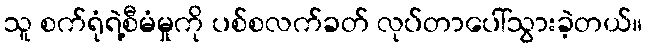
သူ စက်ရုံရဲ့စီမံမှုကို ပစ်စလက်ခတ် လုပ်တာပေါ်သွားခဲ့တယ်။